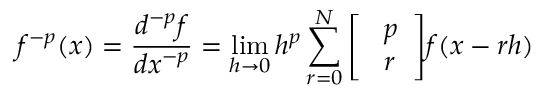
f ^ { - p } ( x ) = { \frac { d ^ { - p } f } { d x ^ { - p } } } = \operatorname* { l i m } _ { h \rightarrow 0 } { h ^ { p } } \sum _ { r = 0 } ^ { N } { \left[ \begin{array} { l } { ~ p } \\ { ~ r } \end{array} \right] } f ( x - r h )